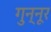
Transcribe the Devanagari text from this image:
गुन्नूर